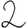
Digit: 2